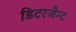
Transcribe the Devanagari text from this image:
डिटरजैन्ट